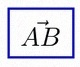
\vec{AB}